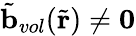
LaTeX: \tilde{\mathbf{b}}_{vol}(\tilde{\mathbf{r}})\neq\mathbf{0}